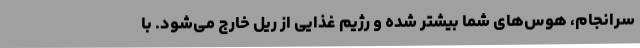
سرانجام، هوس‌های شما بیشتر شده و رژیم غذایی از ریل خارج می‌شود. با